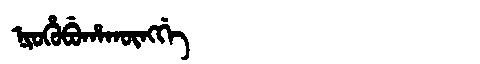
Manchu: ᠨᡳᠣᡥᡠᠪᡠᡥᠠᡴᡡᠩᡤᡝ
Romanization: NIOHUBUHAKŪNGGE